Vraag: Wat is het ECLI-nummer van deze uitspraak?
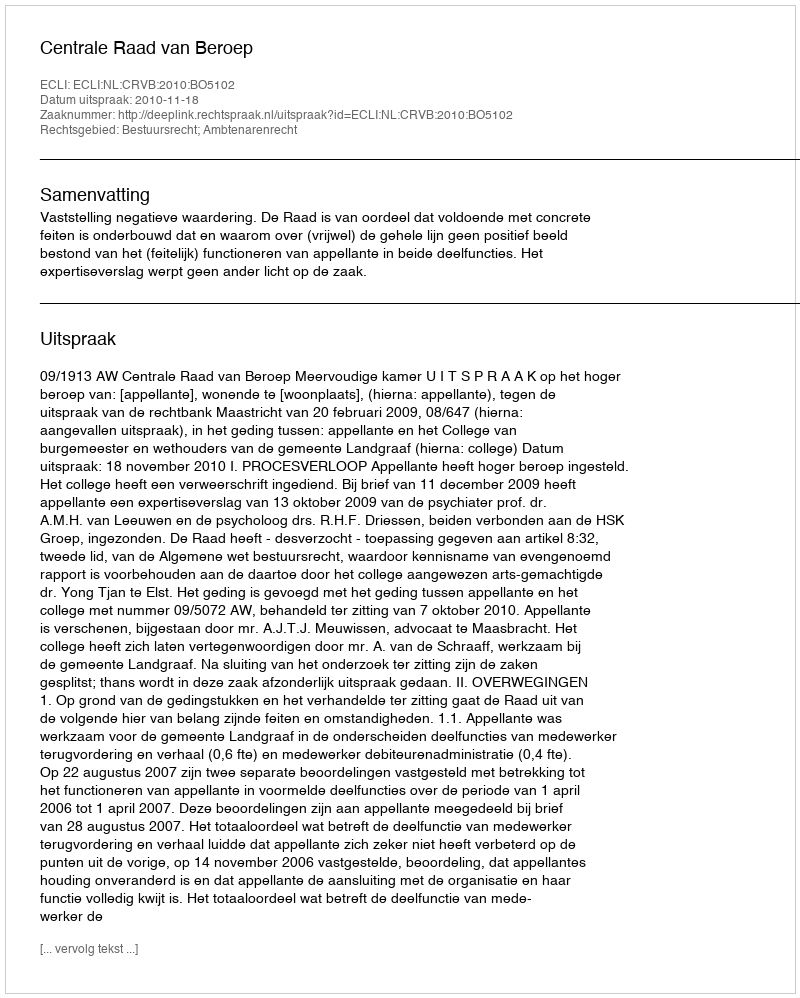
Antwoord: ECLI:NL:CRVB:2010:BO5102